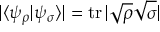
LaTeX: | \langle \psi _ { \rho } | \psi _ { \sigma } \rangle | = \operatorname { t r } | { \sqrt { \rho } } { \sqrt { \sigma } } |